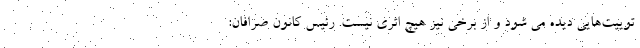
توییت‌هایی دیده می شود و از برخی نیز هیچ اثری نیست. رئیس کانون صرافان: